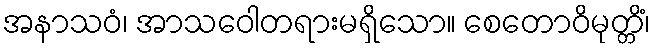
အနာသဝံ၊ အာသဝေါတရားမရှိသော။ စေတောဝိမုတ္တိံ၊